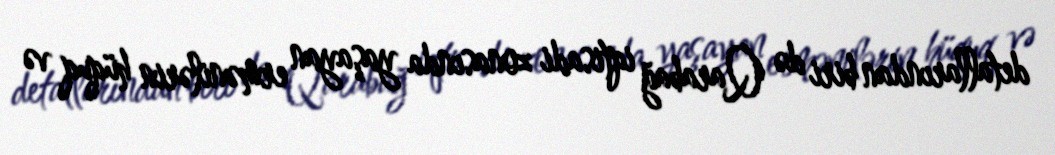
detallarından biri də Qarabağ iqtisadi zonasında yaşayan ermənilərin hüquq və